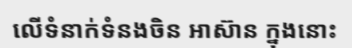
លើទំនាក់ទំនងចិន អាស៊ាន ក្នុងនោះ